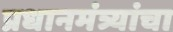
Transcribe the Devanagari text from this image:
प्रधानमंत्र्यांचा